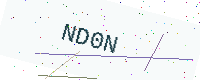
Text: ND0N